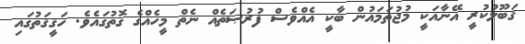
ޤަބޫލުކުރީ އޭނާއަކީ މުޖުތަމައުން ބާކީ އެއްވެސް ފުރުޞަތެއް ނެތް މީހެއްގެ ގޮތުގައެވެ. ހަޤީޤަތުގައި